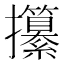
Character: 攥